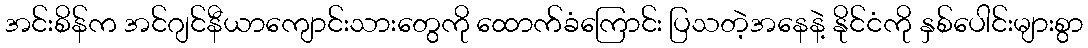
အင်းစိန်က အင်ဂျင်နီယာကျောင်းသားတွေကို ထောက်ခံကြောင်း ပြသတဲ့အနေနဲ့ နိုင်ငံကို နှစ်ပေါင်းများစွာ